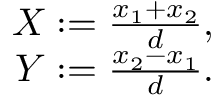
\begin{array} { r } { X : = \frac { x _ { 1 } + x _ { 2 } } { d } , } \\ { Y : = \frac { x _ { 2 } - x _ { 1 } } { d } . } \end{array}